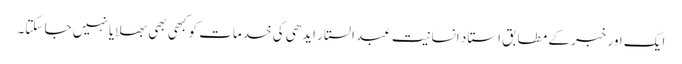
ایک اور خبر کے مطابق استاد انسانیت عبد الستار ایدھی کی خدمات کو کبھی بھی بھلایا نہیں جا سکتا۔